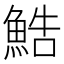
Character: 鯌